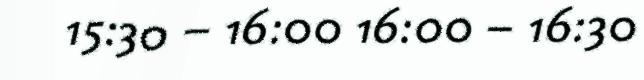
15:30 – 16:00 16:00 – 16:30